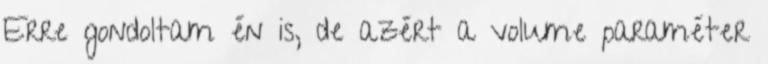
Erre gondoltam én is, de azért a volume paraméter